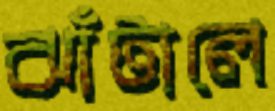
ঝাঁটালে